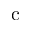
\mathrm { c }